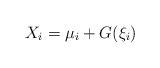
LaTeX: \begin{align*}X_i=\mu_i+G(\xi_i)\end{align*}